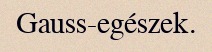
Gauss-egészek.